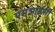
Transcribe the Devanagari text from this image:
एमआईसी